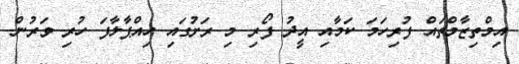
އިމްތިޒާމްތައް ފުރިހަމަ ކަމާއި އީދު ފޯރި މި ރަށުގައި ހިއްޕާލާފަ ހުރި ވަރުން